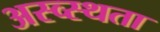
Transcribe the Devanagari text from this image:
अस्व्स्थता